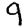
Digit: 9